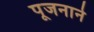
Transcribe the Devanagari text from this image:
पूजनाने